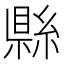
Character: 𬗫